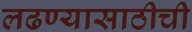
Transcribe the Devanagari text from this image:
लढण्यासाठीची